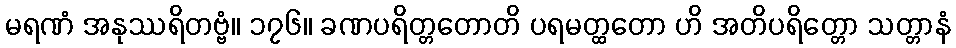
မရဏံ အနုဿရိတဗ္ဗံ။ ၁၇၆။ ခဏပရိတ္တတောတိ ပရမတ္ထတော ဟိ အတိပရိတ္တော သတ္တာနံ